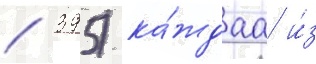
/ 395) ка́ждаа и́з